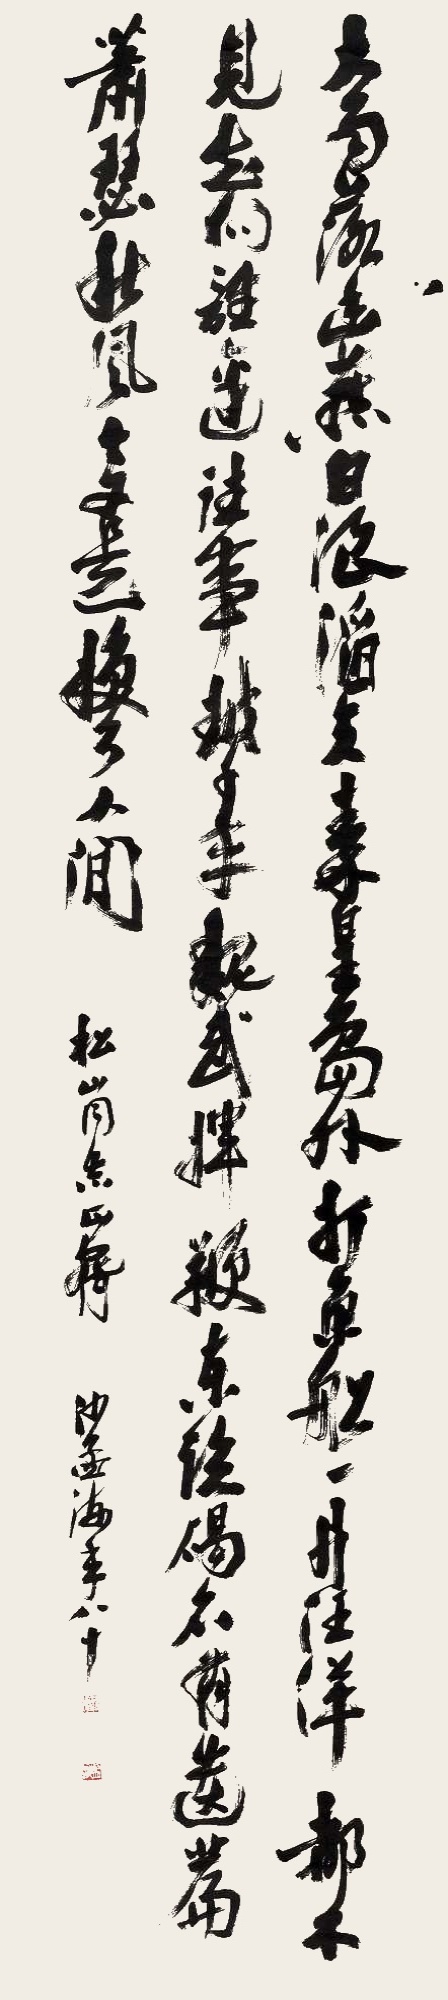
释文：大雨落幽燕，白浪滔天，秦皇岛外打鱼船。一片汪洋都不见，知向谁边？事越千年，魏武挥鞭，东临碣石有遗篇。瑟秋风今又是，换了人间。松山同志正腕，沙孟海年八十。